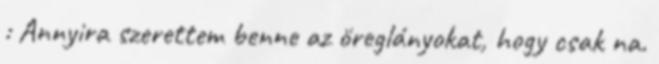
: Annyira szerettem benne az öreglányokat, hogy csak na.